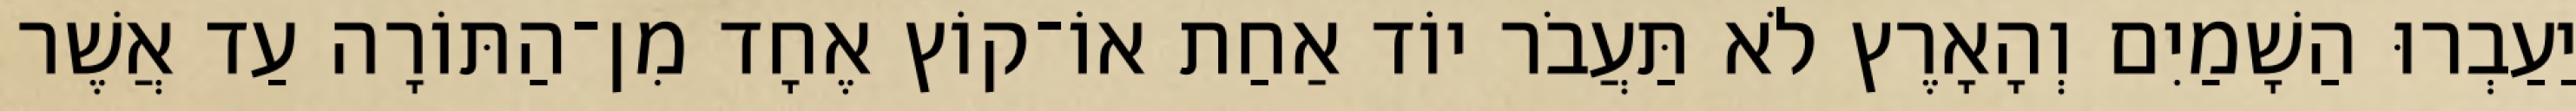
יַעַבְרוּ הַשָׁמַיִם וְהָאָרֶץ לֹא תַּעֲבֹר יוֹד אַחַת אוֹ־קוֹץ אֶחָד מִן־הַתּוֹרָה עַד אֲשֶׁר